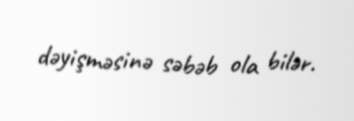
dəyişməsinə səbəb ola bilər.